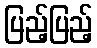
ပြည့်ပြည့်